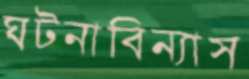
ঘটনাবিন্যাস